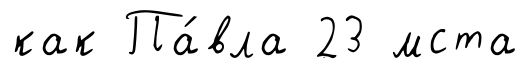
как Па́вла 23 мста